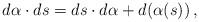
LaTeX: \begin{align*} d\alpha \cdot ds = ds\cdot d\alpha + d(\alpha(s))\,, \end{align*}